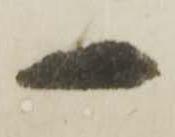
一